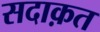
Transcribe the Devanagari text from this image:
सदाक़त